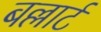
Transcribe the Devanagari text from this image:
बल्लार्ट